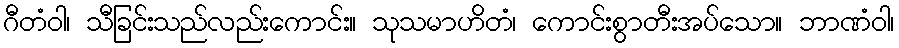
ဂီတံဝါ၊ သီခြင်းသည်လည်းကောင်း။ သုသမာဟိတံ၊ ကောင်းစွာတီးအပ်သော။ ဘာဏံဝါ၊